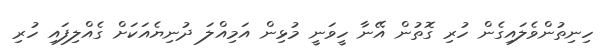
ހިނިތުންވެލައިގެން ހުރި ގޮތުން އޭނާ ހީވަނީ މުޅިން އަމިއްލަ ދުނިޔެއަކަށް ގެއްލިފައި ހުރި